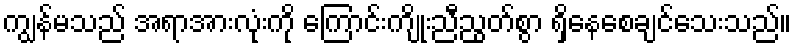
ကျွန်မသည် အရာအားလုံးကို ကြောင်းကျိုးညီညွတ်စွာ ရှိနေစေချင်သေးသည်။